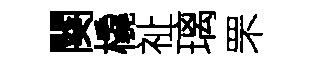
闋橇祉璃罘